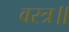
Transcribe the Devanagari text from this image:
वस्त्र॥